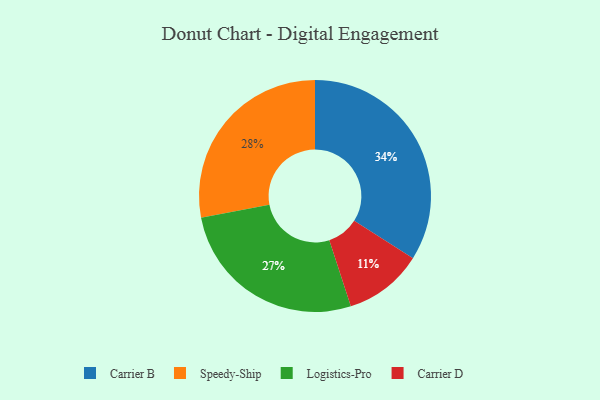
{"axis": {"x": "Category", "y": "Percentage"}, "legend": ["Carrier B", "Carrier D", "Logistics-Pro", "Speedy-Ship"], "data": [{"x": "Logistics-Pro", "y": 27, "type": "Logistics-Pro"}, {"x": "Speedy-Ship", "y": 28, "type": "Speedy-Ship"}, {"x": "Carrier D", "y": 11, "type": "Carrier D"}, {"x": "Carrier B", "y": 34, "type": "Carrier B"}]}